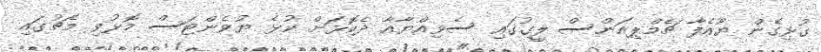
ގުޅިގެން ޔޫއެފާ ޗެމްޕިއަންސް ލީގުގައި ސެވިއްޔާއާ ދެކޮޅަށް ކުޅެ ޔުވެންޓަސް މޮޅުވި މެޗުގައި